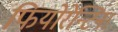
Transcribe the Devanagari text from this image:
फियोरेन्टिना